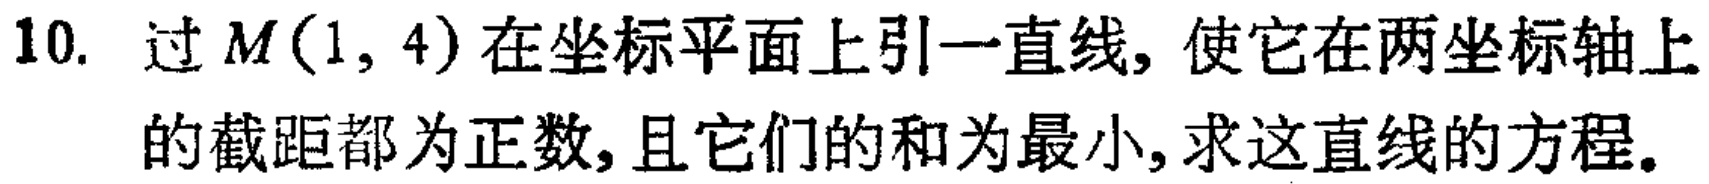
10. 过$M(1,4)$在坐标平面上引一直线, 使它在两坐标轴上的截距都为正数, 且它们的和为最小, 求这直线的方程。